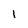
Character: I